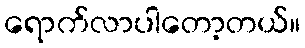
ရောက်လာပါတော့တယ်။